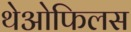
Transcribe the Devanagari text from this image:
थेओफिलस